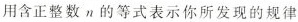
用含正整数n的等式表示你所发现的规律